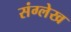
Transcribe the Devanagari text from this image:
संग्लेख